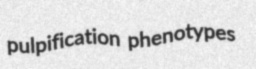
pulpification phenotypes